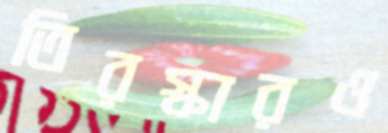
তিরস্কারও